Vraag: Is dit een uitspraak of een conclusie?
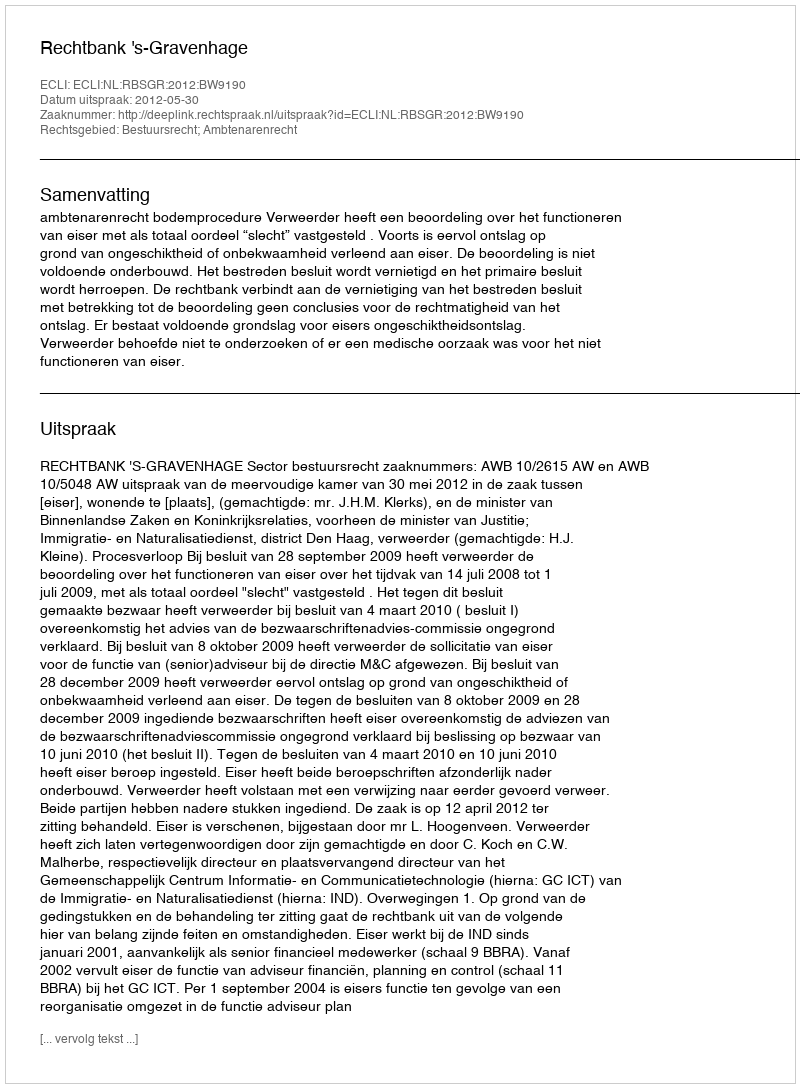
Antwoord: Uitspraak